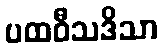
ပထဝီသဒိသာ